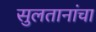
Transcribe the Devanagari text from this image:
सुलतानांचा